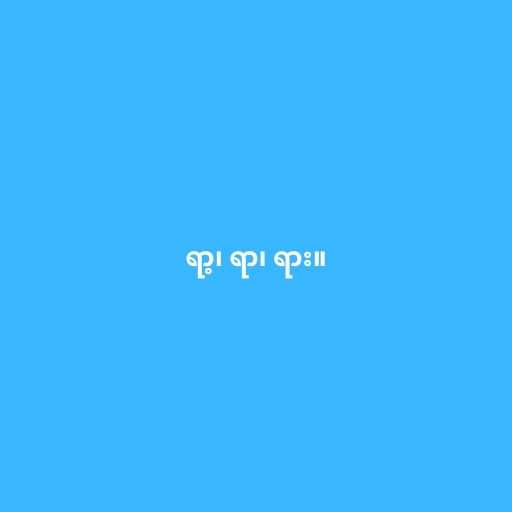
ရာ့၊ ရာ၊ ရား။